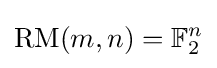
\mathrm {RM} (m,n)=\mathbb {F} _{2}^{n}